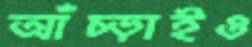
আঁচ্‌ড়াইও